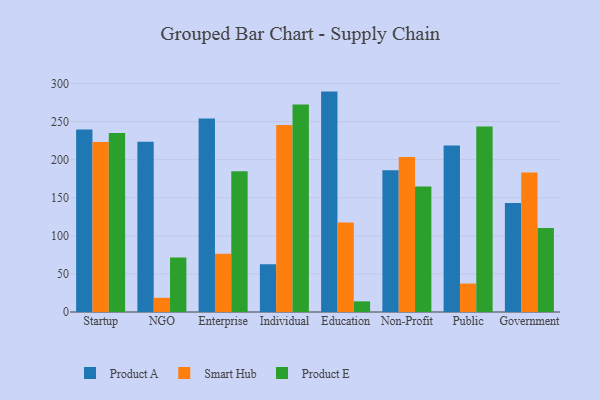
{"axis": {"x": "Segment", "y": "Population (Million)"}, "legend": ["Product A", "Product E", "Smart Hub"], "data": [{"x": "Startup", "y": 239.6, "type": "Product A"}, {"x": "Startup", "y": 223.3, "type": "Smart Hub"}, {"x": "Startup", "y": 235.2, "type": "Product E"}, {"x": "NGO", "y": 223.6, "type": "Product A"}, {"x": "NGO", "y": 18.6, "type": "Smart Hub"}, {"x": "NGO", "y": 71.5, "type": "Product E"}, {"x": "Enterprise", "y": 254.2, "type": "Product A"}, {"x": "Enterprise", "y": 76.4, "type": "Smart Hub"}, {"x": "Enterprise", "y": 184.7, "type": "Product E"}, {"x": "Individual", "y": 62.7, "type": "Product A"}, {"x": "Individual", "y": 245.4, "type": "Smart Hub"}, {"x": "Individual", "y": 272.3, "type": "Product E"}, {"x": "Education", "y": 289.4, "type": "Product A"}, {"x": "Education", "y": 117.5, "type": "Smart Hub"}, {"x": "Education", "y": 14.0, "type": "Product E"}, {"x": "Non-Profit", "y": 186.1, "type": "Product A"}, {"x": "Non-Profit", "y": 203.4, "type": "Smart Hub"}, {"x": "Non-Profit", "y": 164.7, "type": "Product E"}, {"x": "Public", "y": 218.5, "type": "Product A"}, {"x": "Public", "y": 37.4, "type": "Smart Hub"}, {"x": "Public", "y": 243.7, "type": "Product E"}, {"x": "Government", "y": 143.2, "type": "Product A"}, {"x": "Government", "y": 183.1, "type": "Smart Hub"}, {"x": "Government", "y": 110.4, "type": "Product E"}]}